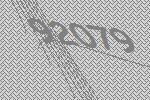
92079